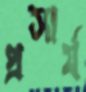
প্রসার্য